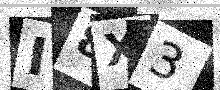
Text: I8X3